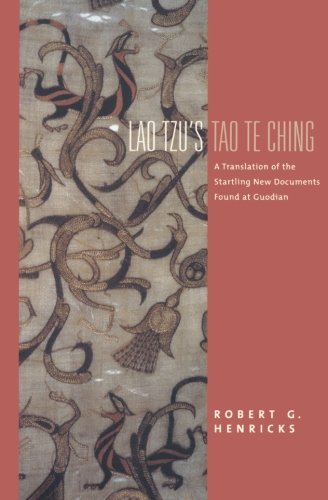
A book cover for Lao Tzu's Tao Te Ching: A Translation of the Startling New Documents Found at Guodian (Translations from the Asian Classics); Robert G. Henricks; Religion & Spirituality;